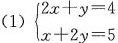
(1)$$\begin {cases}